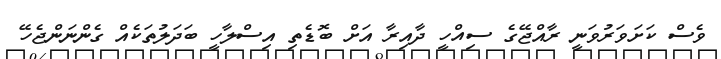
ވެސް ކަށަވަރުވަނީ ރާއްޖޭގެ ސިއްހީ ދާއިރާ އަށް ބޮޑެތި އިސްލާހީ ބަދަލުތަކެއް ގެންނަންޖެހޭ